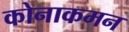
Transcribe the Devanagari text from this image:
कोनाकमन